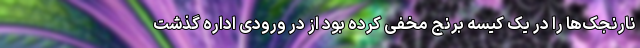
نارنجک‌ها را در یک کیسه برنج مخفی کرده بود از در ورودی اداره گذشت